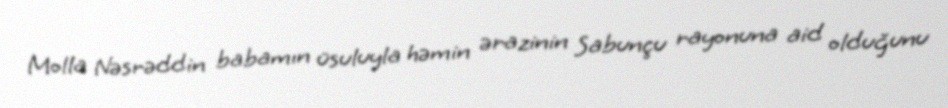
Molla Nəsrəddin babamın üsuluyla həmin ərazinin Sabunçu rayonuna aid olduğunu